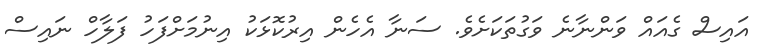
އައިސް ގެއައް ވަންނާނެ ވަގުތަކަށެވެ. ސަނާ އެހެން އިރުކޮޅަކު އިނުމަށްފަހު ފަލާހް ނައިސް